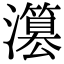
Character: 𤂳